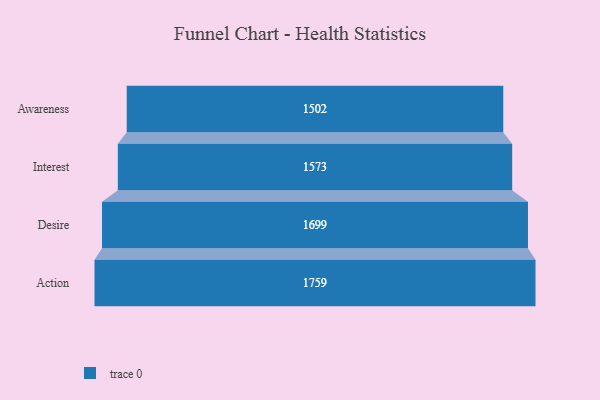
{"axis": {"x": "Stage", "y": "Value"}, "legend": [""], "data": [{"x": "Awareness", "y": 1502.0, "type": ""}, {"x": "Interest", "y": 1573.0, "type": ""}, {"x": "Desire", "y": 1699.0, "type": ""}, {"x": "Action", "y": 1759.0, "type": ""}]}